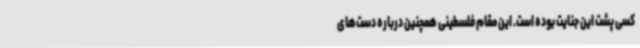
کسی پشت این جنایت بوده است. این مقام فلسطینی همچنین درباره دست‌های